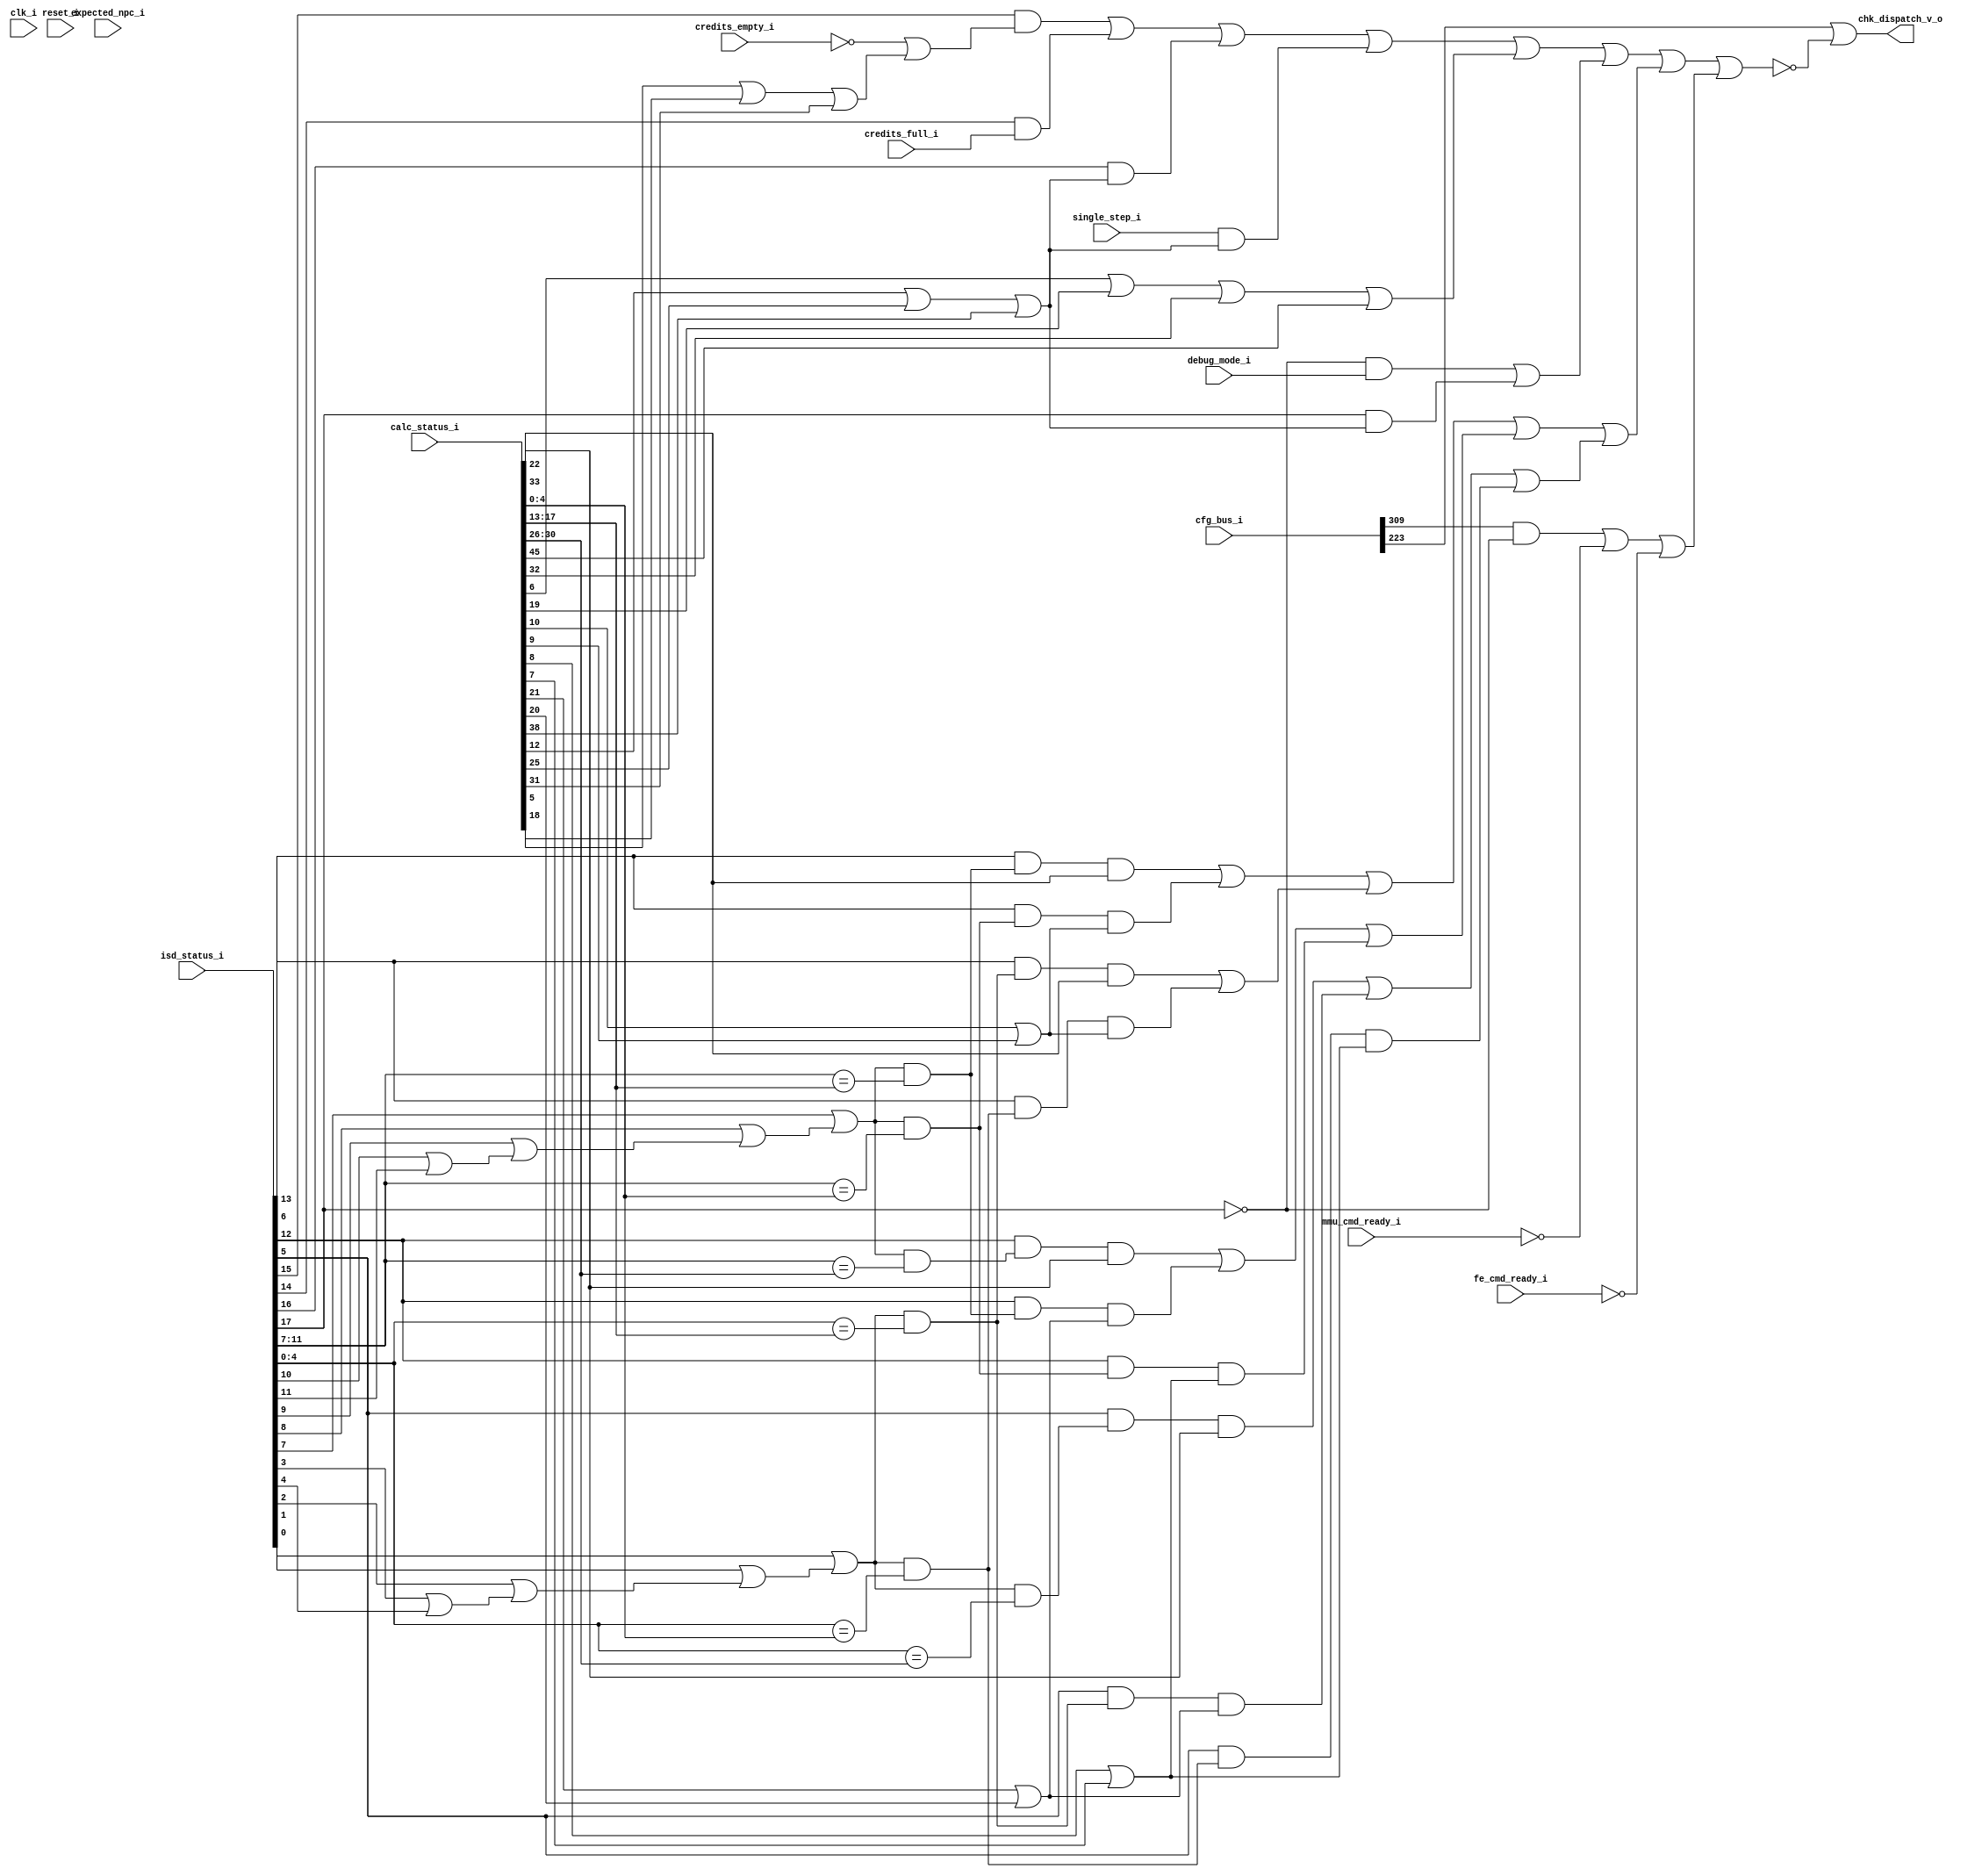
module bp_be_detector_05
(
  clk_i,
  reset_i,
  cfg_bus_i,
  isd_status_i,
  calc_status_i,
  expected_npc_i,
  fe_cmd_ready_i,
  mmu_cmd_ready_i,
  credits_full_i,
  credits_empty_i,
  debug_mode_i,
  single_step_i,
  chk_dispatch_v_o
);

  input [309:0] cfg_bus_i;
  input [85:0] isd_status_i;
  input [106:0] calc_status_i;
  input [38:0] expected_npc_i;
  input clk_i;
  input reset_i;
  input fe_cmd_ready_i;
  input mmu_cmd_ready_i;
  input credits_full_i;
  input credits_empty_i;
  input debug_mode_i;
  input single_step_i;
  output chk_dispatch_v_o;
  wire chk_dispatch_v_o,N0,N1,N2,N3,N4,N5,instr_in_pipe_v,mem_in_pipe_v,fence_haz_v,
  interrupt_haz_v,debug_haz_v,queue_haz_v,step_haz_v,serial_haz_v,control_haz_v,
  data_haz_v,struct_haz_v,N6,N7,N8,N9,N10,N11,N12,N13,N14,N15,N16,N17,N18,N19,N20,N21,
  N22,N23,N24,N25,N26,N27,N28,N29,N30,N31,N32,N33,N34,N35,N36,N37,N38,N39,N40,N41,
  N42,N43,N44,N45,N46,N47,N48,N49,N50,N51,N52,N53,N54,N55,N56,N57;
  wire [2:0] rs1_match_vector,rs2_match_vector,frs1_data_haz_v,frs2_data_haz_v;
  wire [1:0] irs1_data_haz_v,irs2_data_haz_v;
  assign N0 = isd_status_i[11:7] == calc_status_i[4:0];
  assign N1 = isd_status_i[4:0] == calc_status_i[4:0];
  assign N2 = isd_status_i[11:7] == calc_status_i[17:13];
  assign N3 = isd_status_i[4:0] == calc_status_i[17:13];
  assign N4 = isd_status_i[11:7] == calc_status_i[30:26];
  assign N5 = isd_status_i[4:0] == calc_status_i[30:26];
  assign N6 = isd_status_i[10] | isd_status_i[11];
  assign N7 = isd_status_i[9] | N6;
  assign N8 = isd_status_i[8] | N7;
  assign N9 = isd_status_i[7] | N8;
  assign N10 = isd_status_i[3] | isd_status_i[4];
  assign N11 = isd_status_i[2] | N10;
  assign N12 = isd_status_i[1] | N11;
  assign N13 = isd_status_i[0] | N12;
  assign rs1_match_vector[0] = N9 & N0;
  assign rs2_match_vector[0] = N13 & N1;
  assign rs1_match_vector[1] = N9 & N2;
  assign rs2_match_vector[1] = N13 & N3;
  assign rs1_match_vector[2] = N9 & N4;
  assign rs2_match_vector[2] = N13 & N5;
  assign irs1_data_haz_v[0] = N14 & N15;
  assign N14 = isd_status_i[13] & rs1_match_vector[0];
  assign N15 = calc_status_i[10] | calc_status_i[9];
  assign irs2_data_haz_v[0] = N16 & N17;
  assign N16 = isd_status_i[6] & rs2_match_vector[0];
  assign N17 = calc_status_i[10] | calc_status_i[9];
  assign frs1_data_haz_v[0] = N18 & N19;
  assign N18 = isd_status_i[12] & rs1_match_vector[0];
  assign N19 = calc_status_i[8] | calc_status_i[7];
  assign frs2_data_haz_v[0] = N20 & N21;
  assign N20 = isd_status_i[5] & rs2_match_vector[0];
  assign N21 = calc_status_i[8] | calc_status_i[7];
  assign irs1_data_haz_v[1] = N22 & calc_status_i[22];
  assign N22 = isd_status_i[13] & rs1_match_vector[1];
  assign irs2_data_haz_v[1] = N23 & calc_status_i[22];
  assign N23 = isd_status_i[6] & rs2_match_vector[1];
  assign frs1_data_haz_v[1] = N24 & N25;
  assign N24 = isd_status_i[12] & rs1_match_vector[1];
  assign N25 = calc_status_i[21] | calc_status_i[20];
  assign frs2_data_haz_v[1] = N26 & N27;
  assign N26 = isd_status_i[5] & rs2_match_vector[1];
  assign N27 = calc_status_i[21] | calc_status_i[20];
  assign frs1_data_haz_v[2] = N28 & calc_status_i[33];
  assign N28 = isd_status_i[12] & rs1_match_vector[2];
  assign frs2_data_haz_v[2] = N29 & calc_status_i[33];
  assign N29 = isd_status_i[5] & rs2_match_vector[2];
  assign instr_in_pipe_v = N30 | calc_status_i[38];
  assign N30 = calc_status_i[12] | calc_status_i[25];
  assign mem_in_pipe_v = N31 | calc_status_i[31];
  assign N31 = calc_status_i[5] | calc_status_i[18];
  assign fence_haz_v = N34 | N35;
  assign N34 = isd_status_i[15] & N33;
  assign N33 = N32 | mem_in_pipe_v;
  assign N32 = ~credits_empty_i;
  assign N35 = isd_status_i[14] & credits_full_i;
  assign interrupt_haz_v = isd_status_i[16] & instr_in_pipe_v;
  assign debug_haz_v = N37 | N38;
  assign N37 = N36 & debug_mode_i;
  assign N36 = ~isd_status_i[17];
  assign N38 = isd_status_i[17] & instr_in_pipe_v;
  assign queue_haz_v = ~fe_cmd_ready_i;
  assign step_haz_v = single_step_i & instr_in_pipe_v;
  assign serial_haz_v = N40 | calc_status_i[45];
  assign N40 = N39 | calc_status_i[32];
  assign N39 = calc_status_i[6] | calc_status_i[19];
  assign control_haz_v = N43 | debug_haz_v;
  assign N43 = N42 | serial_haz_v;
  assign N42 = N41 | step_haz_v;
  assign N41 = fence_haz_v | interrupt_haz_v;
  assign data_haz_v = N49 | N51;
  assign N49 = N46 | N48;
  assign N46 = N44 | N45;
  assign N44 = irs1_data_haz_v[1] | irs1_data_haz_v[0];
  assign N45 = irs2_data_haz_v[1] | irs2_data_haz_v[0];
  assign N48 = N47 | frs1_data_haz_v[0];
  assign N47 = frs1_data_haz_v[2] | frs1_data_haz_v[1];
  assign N51 = N50 | frs2_data_haz_v[0];
  assign N50 = frs2_data_haz_v[2] | frs2_data_haz_v[1];
  assign struct_haz_v = N54 | queue_haz_v;
  assign N54 = N52 | N53;
  assign N52 = cfg_bus_i[309] & N36;
  assign N53 = ~mmu_cmd_ready_i;
  assign chk_dispatch_v_o = cfg_bus_i[223] | N57;
  assign N57 = ~N56;
  assign N56 = N55 | struct_haz_v;
  assign N55 = control_haz_v | data_haz_v;

endmodule